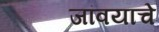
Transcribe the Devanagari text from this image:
जांवयाचे